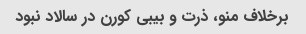
برخلاف منو، ذرت و بیبی کورن در سالاد نبود